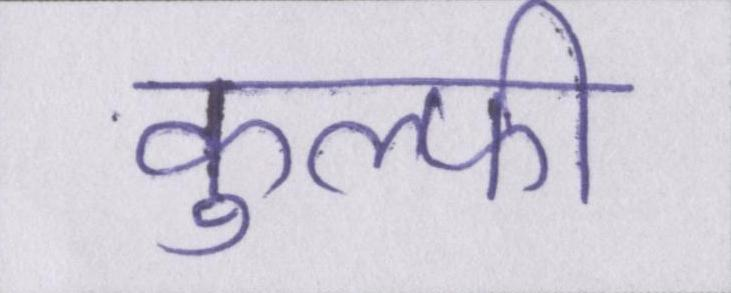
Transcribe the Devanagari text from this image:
कुल्फी